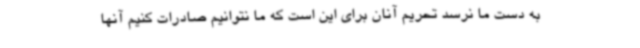
به دست ما نرسد تحریم آنان برای این است که ما نتوانیم صادرات کنیم آنها